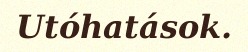
Utóhatások.